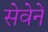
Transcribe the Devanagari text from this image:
सेवेनें